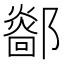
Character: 𨞴